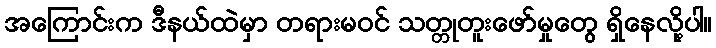
အကြောင်းက ဒီနယ်ထဲမှာ တရားမဝင် သတ္တုတူးဖော်မှုတွေ ရှိနေလို့ပါ။